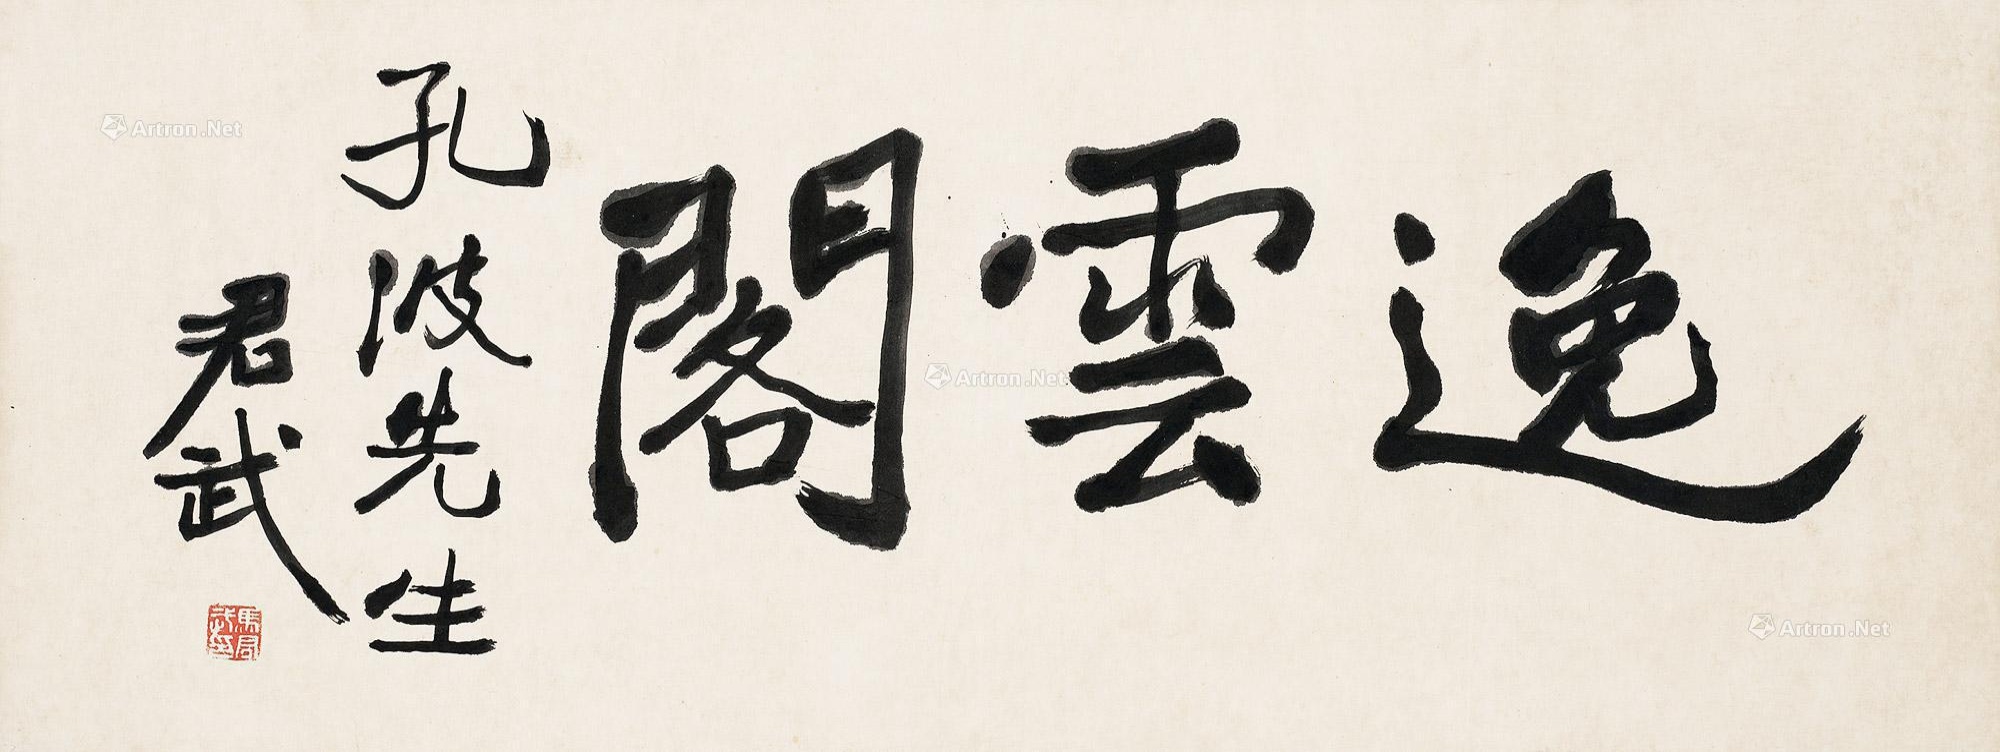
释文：逸云阁。孔波先生，君武。